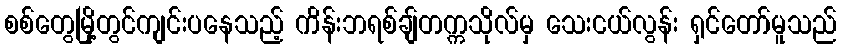
စစ်တွေမြို့တွင်ကျင်းပနေသည့် ကိန်းဘရစ်ချ်တက္ကသိုလ်မှ သေးငယ်လွန်း ရှင်တော်မူသည်